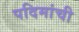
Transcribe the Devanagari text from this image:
पदिमांची